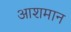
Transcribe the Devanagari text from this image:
आशमान